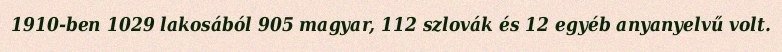
1910-ben 1029 lakosából 905 magyar, 112 szlovák és 12 egyéb anyanyelvű volt.